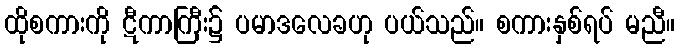
ထိုစကားကို ဋီကာကြီး၌ ပမာဒလေခဟု ပယ်သည်။ စကားနှစ်ရပ် မညီ။